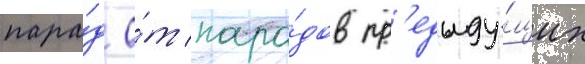
пара́д о́т пара́дов пр'едыду́щих